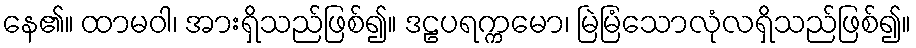
နေ၏။ ထာမဝါ၊ အားရှိသည်ဖြစ်၍။ ဒဠပရက္ကမော၊ မြဲမြံသောလုံလရှိသည်ဖြစ်၍။